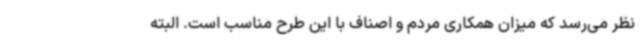
نظر می‌رسد که میزان همکاری مردم و اصناف با این طرح مناسب است. البته